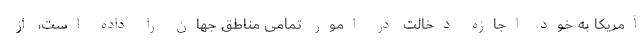
آمریکا به خود اجازه دخالت در امور تمامی مناطق جهان را داده است، از